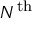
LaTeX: N ^ { \mathrm { t h } }